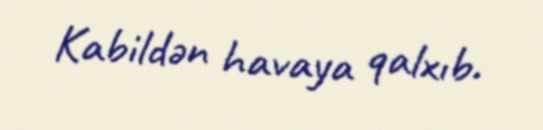
Kabildən havaya qalxıb.